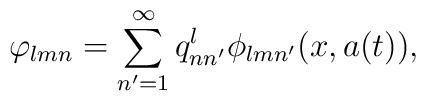
\varphi_{lmn}=\sum_{n'=1}^{\infty}q_{nn'}^{l}\phi_{lmn'}(x,a(t)),